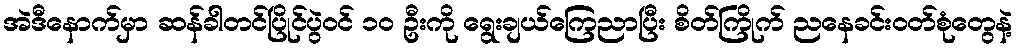
အဲဒီနောက်မှာ ဆန်ခါတင်ပြိုင်ပွဲဝင် ၁ဝ ဦးကို ရွေးချယ်ကြေညာပြီး စိတ်ကြိုက် ညနေခင်းဝတ်စုံတွေနဲ့